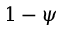
1 - \psi